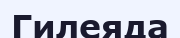
Гилеяда